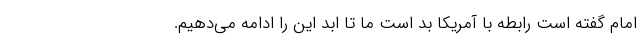
امام گفته است رابطه با آمریکا بد است ما تا ابد این را ادامه می‌دهیم.